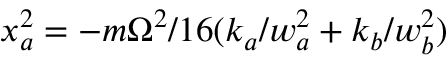
x _ { a } ^ { 2 } = - m \Omega ^ { 2 } / 1 6 ( k _ { a } / w _ { a } ^ { 2 } + k _ { b } / w _ { b } ^ { 2 } )